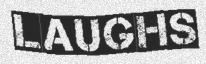
LAUGHS